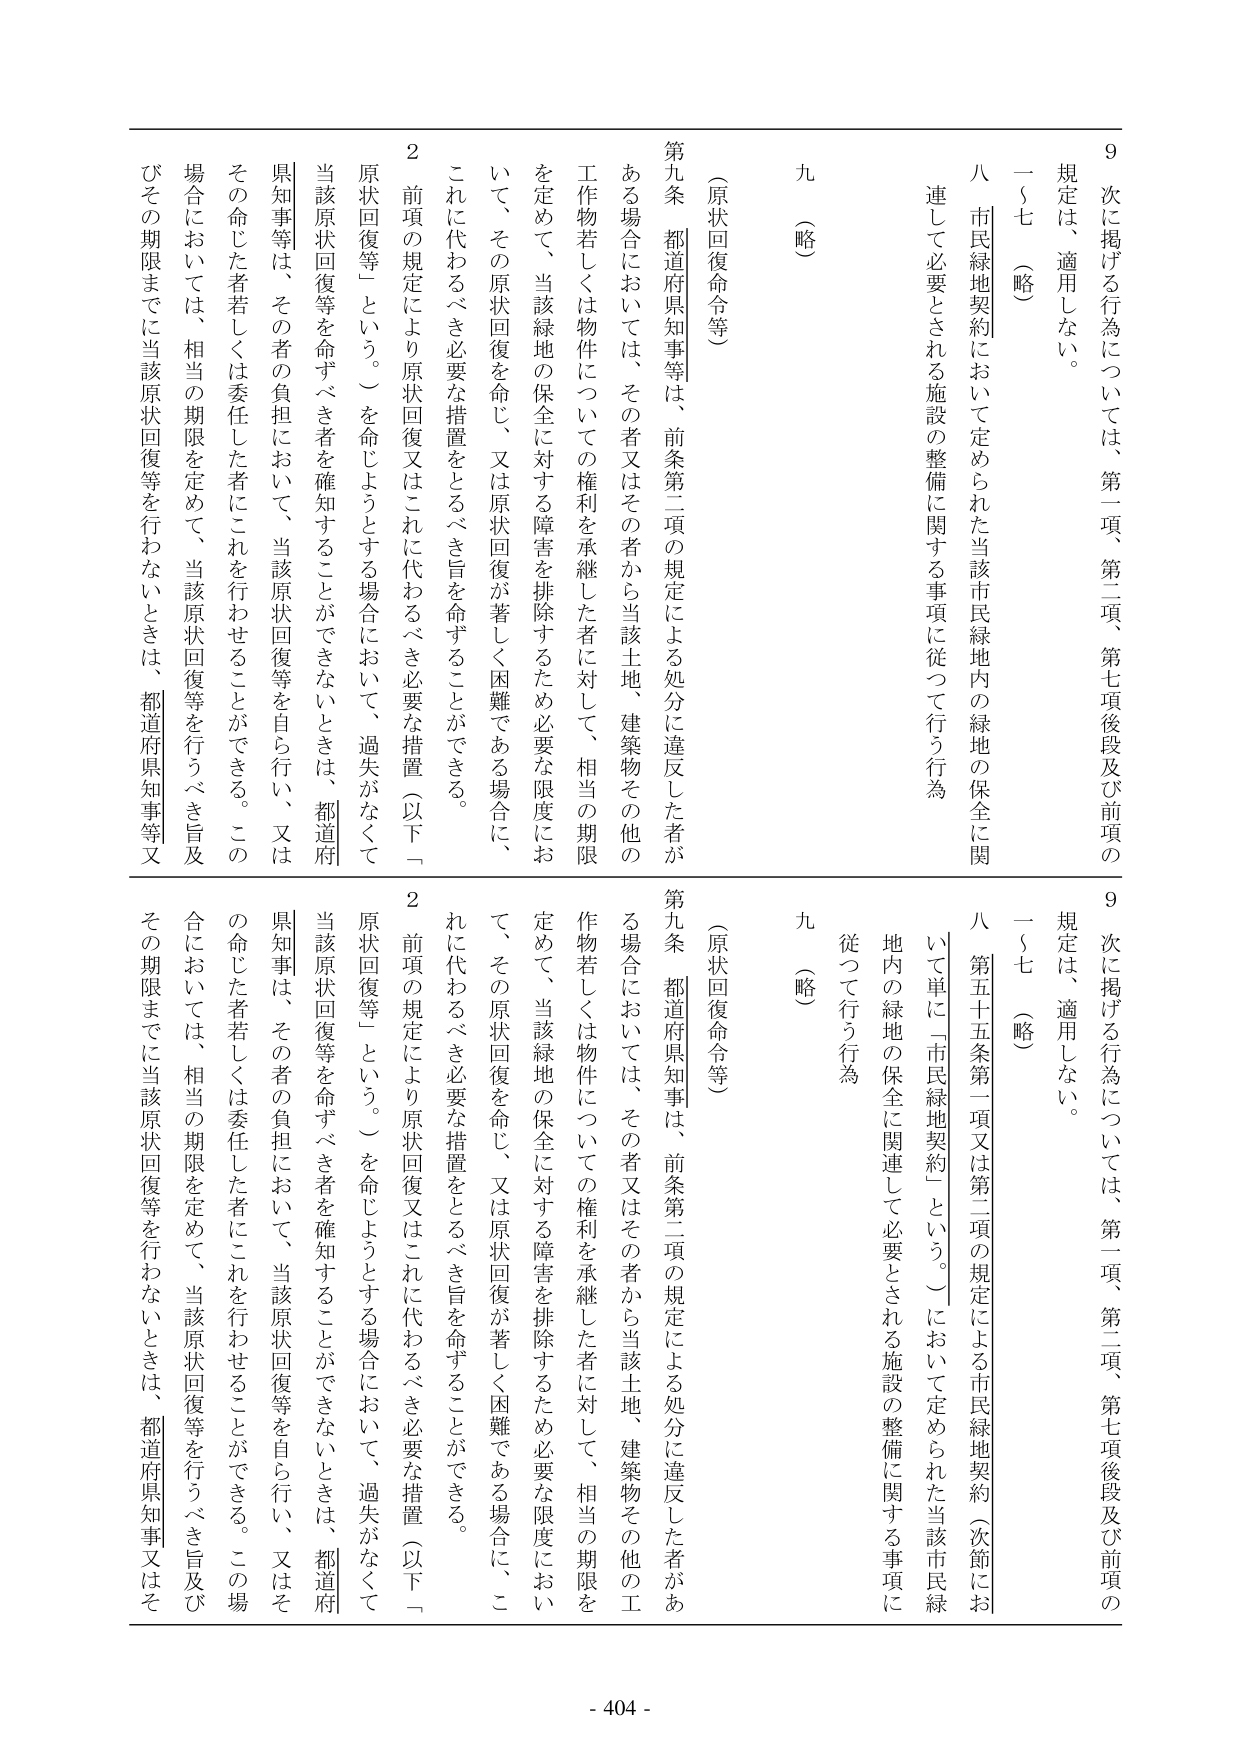
9 次に掲げる行為については、第一項、第二項、第七項後段及び前項の規定は、適用しない。
一～七（略）
八 市民緑地契約において定められた当該市民緑地内の緑地の保全に関連して必要とされる施設の整備に関する事項に従って行う行為
九（略）

（原状回復命令等）
第九条 都道府県知事等は、前条第二項の規定による処分に違反した者がある場合においては、その者又はその者から当該土地、建築物その他の工作物若しくは物件についての権利を承継した者に対して、相当の期限を定めて、当該緑地の保全に対する障害を排除するため必要な限度において、その原状回復を命じ、又は原状回復が著しく困難である場合に、これに代わるべき必要な措置をとるべき旨を命ずることができる。
２ 前項の規定により原状回復又はこれに代わるべき必要な措置（以下「原状回復等」という。）を命じようとする場合において、過失がなくて当該原状回復等を命ずべき者を確知することができないときは、都道府県知事等は、その者の負担において、当該原状回復等を自ら行い、又はその命じた者若しくは委任した者にこれを行わせることができる。この場合においては、相当の期限を定めて、当該原状回復等を行うべき旨及びその期限までに当該原状回復等を行わないときは、都道府県知事等又

9 次に掲げる行為については、第一項、第二項、第七項後段及び前項の規定は、適用しない。
一～七（略）
八 第五十五条第一項又は第二項の規定による市民緑地契約（次節において単に「市民緑地契約」という。）において定められた当該市民緑地内の緑地の保全に関連して必要とされる施設の整備に関する事項に従って行う行為
九（略）

（原状回復命令等）
第九条 都道府県知事は、前条第三項の規定による処分に違反した者がある場合においては、その者又はその者から当該土地、建築物その他の工作物若しくは物件についての権利を承継した者に対して、相当の期限を定めて、当該緑地の保全に対する障害を排除するため必要な限度において、その原状回復を命じ、又は原状回復が著しく困難である場合に、これに代わるべき必要な措置をとるべき旨を命ずることができる。
２ 前項の規定により原状回復又はこれに代わるべき必要な措置（以下「原状回復等」という。）を命じようとする場合において、過失がなくて当該原状回復等を命ずべき者を確知することができないときは、都道府県知事は、その者の負担において、当該原状回復等を自ら行い、又はその命じた者若しくは委任した者にこれを行わせることができる。この場合においては、相当の期限を定めて、当該原状回復等を行うべき旨及びその期限までに当該原状回復等を行わないときは、都道府県知事又はそ

- 404 -